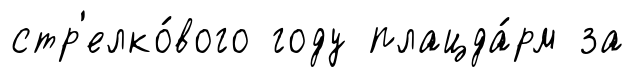
стр'елко́вого году плацда́рм за